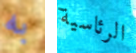
به الرئاسية